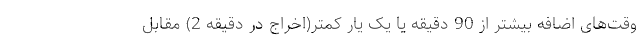
وقت‌های اضافه بیشتر از 90 دقیقه یا یک یار کمتر(اخراج در دقیقه 2) مقابل